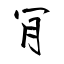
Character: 肎